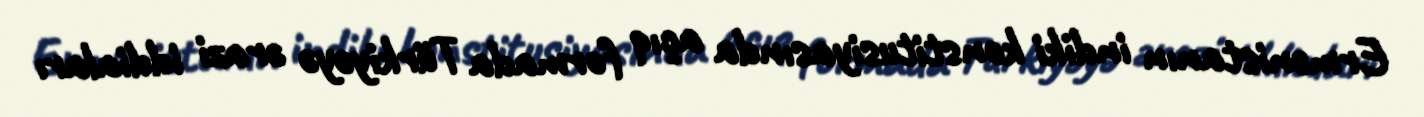
Ermənistanın indiki konstitusiyasında açıq formada Türkiyəyə ərazi iddiaları